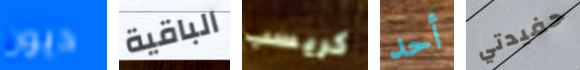
ديون الباقية كريسب أحد حفيدتي